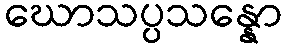
ဃောသပ္ပသန္နော